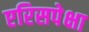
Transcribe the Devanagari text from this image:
एरिसपेक्षा